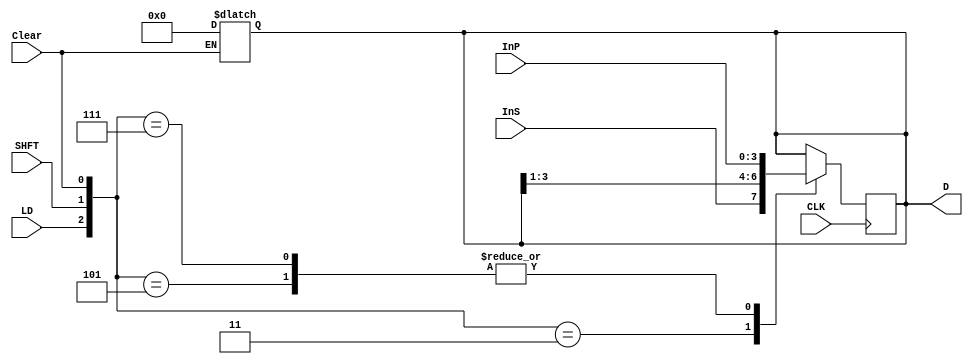

// Registro de Desplazamiento de 4 bits a la Derecha con Clear Usando Case 
// El registro cambia en el flanco negativo
`timescale 1ns/1ns
module shftregright(
  input CLK,SHFT,LD,
  output reg [3:0] D,
  input [3:0] InP,
  input InS,Clear);
  
  always @(Clear)
  if (Clear == 0)
    D = 4'b0000;        // Clear (asncrono, activo cero)
  always @(negedge CLK)
  case ({LD,SHFT,Clear})        // Concatenar es {}
    3'b011 : D = {InS,D[3:1]};  // Shift Right
    3'b101 : D = InP;           // Carga Paralela,LD con precedencia sobre SHFT
    3'b111 : D = InP;           
  endcase
endmodule